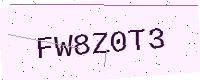
Text: FW8Z0T3